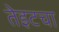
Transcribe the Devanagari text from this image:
तेइटचा